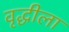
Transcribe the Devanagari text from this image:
वृद्धीला